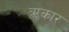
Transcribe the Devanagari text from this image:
ॠकार